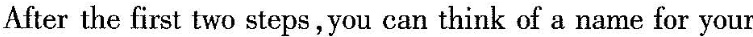
After the first two steps,you can think of a name for your